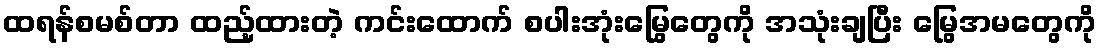
ထရန်စမစ်တာ ထည့်ထားတဲ့ ကင်းထောက် စပါးအုံးမြွေတွေကို အသုံးချပြီး မြွေအမတွေကို